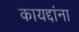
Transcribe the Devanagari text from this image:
कायद्दांना